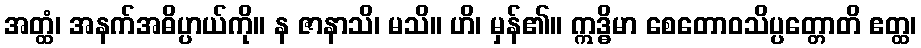
အတ္ထံ၊ အနက်အဓိပ္ပာယ်ကို။ န ဇာနာသိ၊ မသိ။ ဟိ၊ မှန်၏။ ဣဒ္ဓိမာ စေတောဝသိပ္ပတ္တောတိ ဧတ္ထ၊